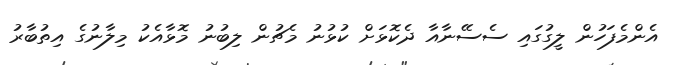
އެންމެފަހުން ލީގުގައި ސެސޭނާއާ ދެކޮޅަށް ކުޅުނު މެޗުން ލިބުނު މޮޅާއެކު މިލާނުގެ އިތުބާރު